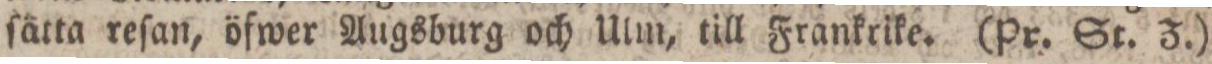
ſätta reſan, öfwer Augsburg och Ulm, till Frankrike. (Pr. St. Z.)